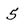
Character: 5